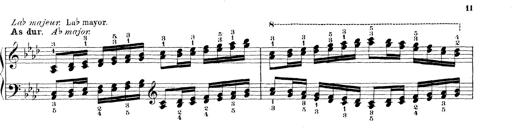
Title: Technische Studien
Composer: Franz Liszt